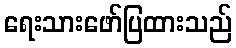
ရေးသားဖော်ပြထားသည်